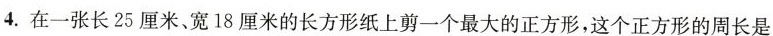
4.在一张长25厘米、宽18厘米的长方形纸上剪一个最大的正方形，这个正方形的周长是